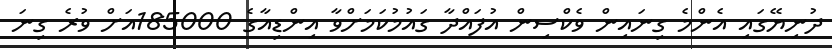
ދުނިޔޭގައި އެންމެ ގިނައިން ވެކްސިން އުފައްދާ ގައުމުކަމަށްވާ އިންޑިއާގެ 185000އަށް ވުރެ ގިނަ